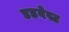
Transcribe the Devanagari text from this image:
डडवेस्ट